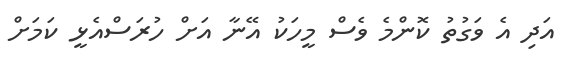
އަދި އެ ވަގުތު ކޮންމެ ވެސް މީހަކު އޭނާ އަށް ހުރަސްއެޅީ ކަމަށް